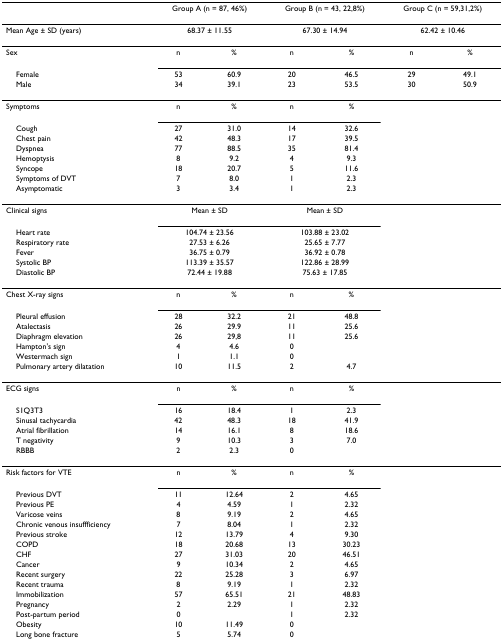
<table><thead><tr><td></td><td colspan="2"><b>Group A (n = 87, 46%)</b></td><td colspan="2"><b>Group B (n = 43, 22,8%)</b></td><td colspan="2"><b>Group C (n = 59,31,2%)</b></td></tr></thead><tbody><tr><td>Mean Age ± SD (years)</td><td colspan="2">68.37 ± 11.55</td><td colspan="2">67.30 ± 14.94</td><td colspan="2">62.42 ± 10.46</td></tr><tr><td>Sex</td><td>n</td><td>%</td><td>n</td><td>%</td><td>n</td><td>%</td></tr><tr><td> Female</td><td>53</td><td>60.9</td><td>20</td><td>46.5</td><td>29</td><td>49.1</td></tr><tr><td> Male</td><td>34</td><td>39.1</td><td>23</td><td>53.5</td><td>30</td><td>50.9</td></tr><tr><td>Symptoms</td><td>n</td><td>%</td><td>n</td><td>%</td><td></td><td></td></tr><tr><td> Cough</td><td>27</td><td>31.0</td><td>14</td><td>32.6</td><td></td><td></td></tr><tr><td> Chest pain</td><td>42</td><td>48.3</td><td>17</td><td>39.5</td><td></td><td></td></tr><tr><td> Dyspnea</td><td>77</td><td>88.5</td><td>35</td><td>81.4</td><td></td><td></td></tr><tr><td> Hemoptysis</td><td>8</td><td>9.2</td><td>4</td><td>9.3</td><td></td><td></td></tr><tr><td> Syncope</td><td>18</td><td>20.7</td><td>5</td><td>11.6</td><td></td><td></td></tr><tr><td> Symptoms of DVT</td><td>7</td><td>8.0</td><td>1</td><td>2.3</td><td></td><td></td></tr><tr><td> Asymptomatic</td><td>3</td><td>3.4</td><td>1</td><td>2.3</td><td></td><td></td></tr><tr><td>Clinical signs</td><td colspan="2">Mean ± SD</td><td colspan="2">Mean ± SD</td><td></td><td></td></tr><tr><td> Heart rate</td><td colspan="2">104.74 ± 23.56</td><td colspan="2">103.88 ± 23.02</td><td></td><td></td></tr><tr><td> Respiratory rate</td><td colspan="2">27.53 ± 6.26</td><td colspan="2">25.65 ± 7.77</td><td></td><td></td></tr><tr><td> Fever</td><td colspan="2">36.75 ± 0.79</td><td colspan="2">36.92 ± 0.78</td><td></td><td></td></tr><tr><td> Systolic BP</td><td colspan="2">113.39 ± 35.57</td><td colspan="2">122.86 ± 28.99</td><td></td><td></td></tr><tr><td> Diastolic BP</td><td colspan="2">72.44 ± 19.88</td><td colspan="2">75.63 ± 17.85</td><td></td><td></td></tr><tr><td>Chest X-ray signs</td><td>n</td><td>%</td><td>n</td><td>%</td><td></td><td></td></tr><tr><td> Pleural effusion</td><td>28</td><td>32.2</td><td>21</td><td>48.8</td><td></td><td></td></tr><tr><td> Atalectasis</td><td>26</td><td>29.9</td><td>11</td><td>25.6</td><td></td><td></td></tr><tr><td> Diaphragm elevation</td><td>26</td><td>29,8</td><td>11</td><td>25.6</td><td></td><td></td></tr><tr><td> Hampton&#x27;s sign</td><td>4</td><td>4.6</td><td>0</td><td></td><td></td><td></td></tr><tr><td> Westermach sign</td><td>1</td><td>1.1</td><td>0</td><td></td><td></td><td></td></tr><tr><td> Pulmonary artery dilatation</td><td>10</td><td>11.5</td><td>2</td><td>4.7</td><td></td><td></td></tr><tr><td>ECG signs</td><td>n</td><td>%</td><td>n</td><td>%</td><td></td><td></td></tr><tr><td> S1Q3T3</td><td>16</td><td>18.4</td><td>1</td><td>2.3</td><td></td><td></td></tr><tr><td> Sinusal tachycardia</td><td>42</td><td>48.3</td><td>18</td><td>41.9</td><td></td><td></td></tr><tr><td> Atrial fibrillation</td><td>14</td><td>16.1</td><td>8</td><td>18.6</td><td></td><td></td></tr><tr><td> T negativity</td><td>9</td><td>10.3</td><td>3</td><td>7.0</td><td></td><td></td></tr><tr><td> RBBB</td><td>2</td><td>2.3</td><td>0</td><td></td><td></td><td></td></tr><tr><td>Risk factors for VTE</td><td>n</td><td>%</td><td>n</td><td>%</td><td></td><td></td></tr><tr><td> Previous DVT</td><td>11</td><td>12.64</td><td>2</td><td>4.65</td><td></td><td></td></tr><tr><td> Previous PE</td><td>4</td><td>4.59</td><td>1</td><td>2.32</td><td></td><td></td></tr><tr><td> Varicose veins</td><td>8</td><td>9.19</td><td>2</td><td>4.65</td><td></td><td></td></tr><tr><td> Chronic venous insuffficiency</td><td>7</td><td>8.04</td><td>1</td><td>2.32</td><td></td><td></td></tr><tr><td> Previous stroke</td><td>12</td><td>13.79</td><td>4</td><td>9.30</td><td></td><td></td></tr><tr><td> COPD</td><td>18</td><td>20.68</td><td>13</td><td>30.23</td><td></td><td></td></tr><tr><td> CHF</td><td>27</td><td>31.03</td><td>20</td><td>46.51</td><td></td><td></td></tr><tr><td> Cancer</td><td>9</td><td>10.34</td><td>2</td><td>4.65</td><td></td><td></td></tr><tr><td> Recent surgery</td><td>22</td><td>25.28</td><td>3</td><td>6.97</td><td></td><td></td></tr><tr><td> Recent trauma</td><td>8</td><td>9.19</td><td>1</td><td>2.32</td><td></td><td></td></tr><tr><td> Immobilization</td><td>57</td><td>65.51</td><td>21</td><td>48.83</td><td></td><td></td></tr><tr><td> Pregnancy</td><td>2</td><td>2.29</td><td>1</td><td>2.32</td><td></td><td></td></tr><tr><td> Post-partum period</td><td>0</td><td></td><td>1</td><td>2.32</td><td></td><td></td></tr><tr><td> Obesity</td><td>10</td><td>11.49</td><td>0</td><td></td><td></td><td></td></tr><tr><td> Long bone fracture</td><td>5</td><td>5.74</td><td>0</td><td></td><td></td><td></td></tr></tbody></table>